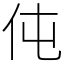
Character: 伅